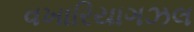
વખારિયાગઝલ